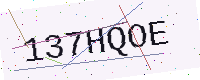
Text: 137HQOE